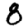
Digit: 8